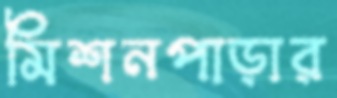
মিশনপাড়ার